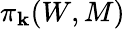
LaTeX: \pi_{\mathbf{k}}(W,M)